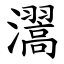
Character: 瀥